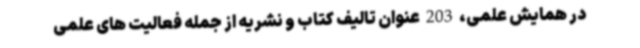
در همایش علمی، 203 عنوان تالیف کتاب و نشریه از جمله فعالیت های علمی